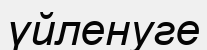
үйленуге